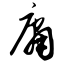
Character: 庸